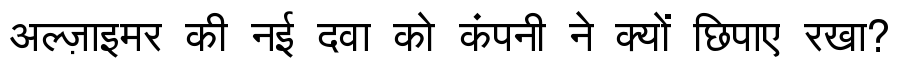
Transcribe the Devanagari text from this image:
अल्ज़ाइमर की नई दवा को कंपनी ने क्यों छिपाए रखा?